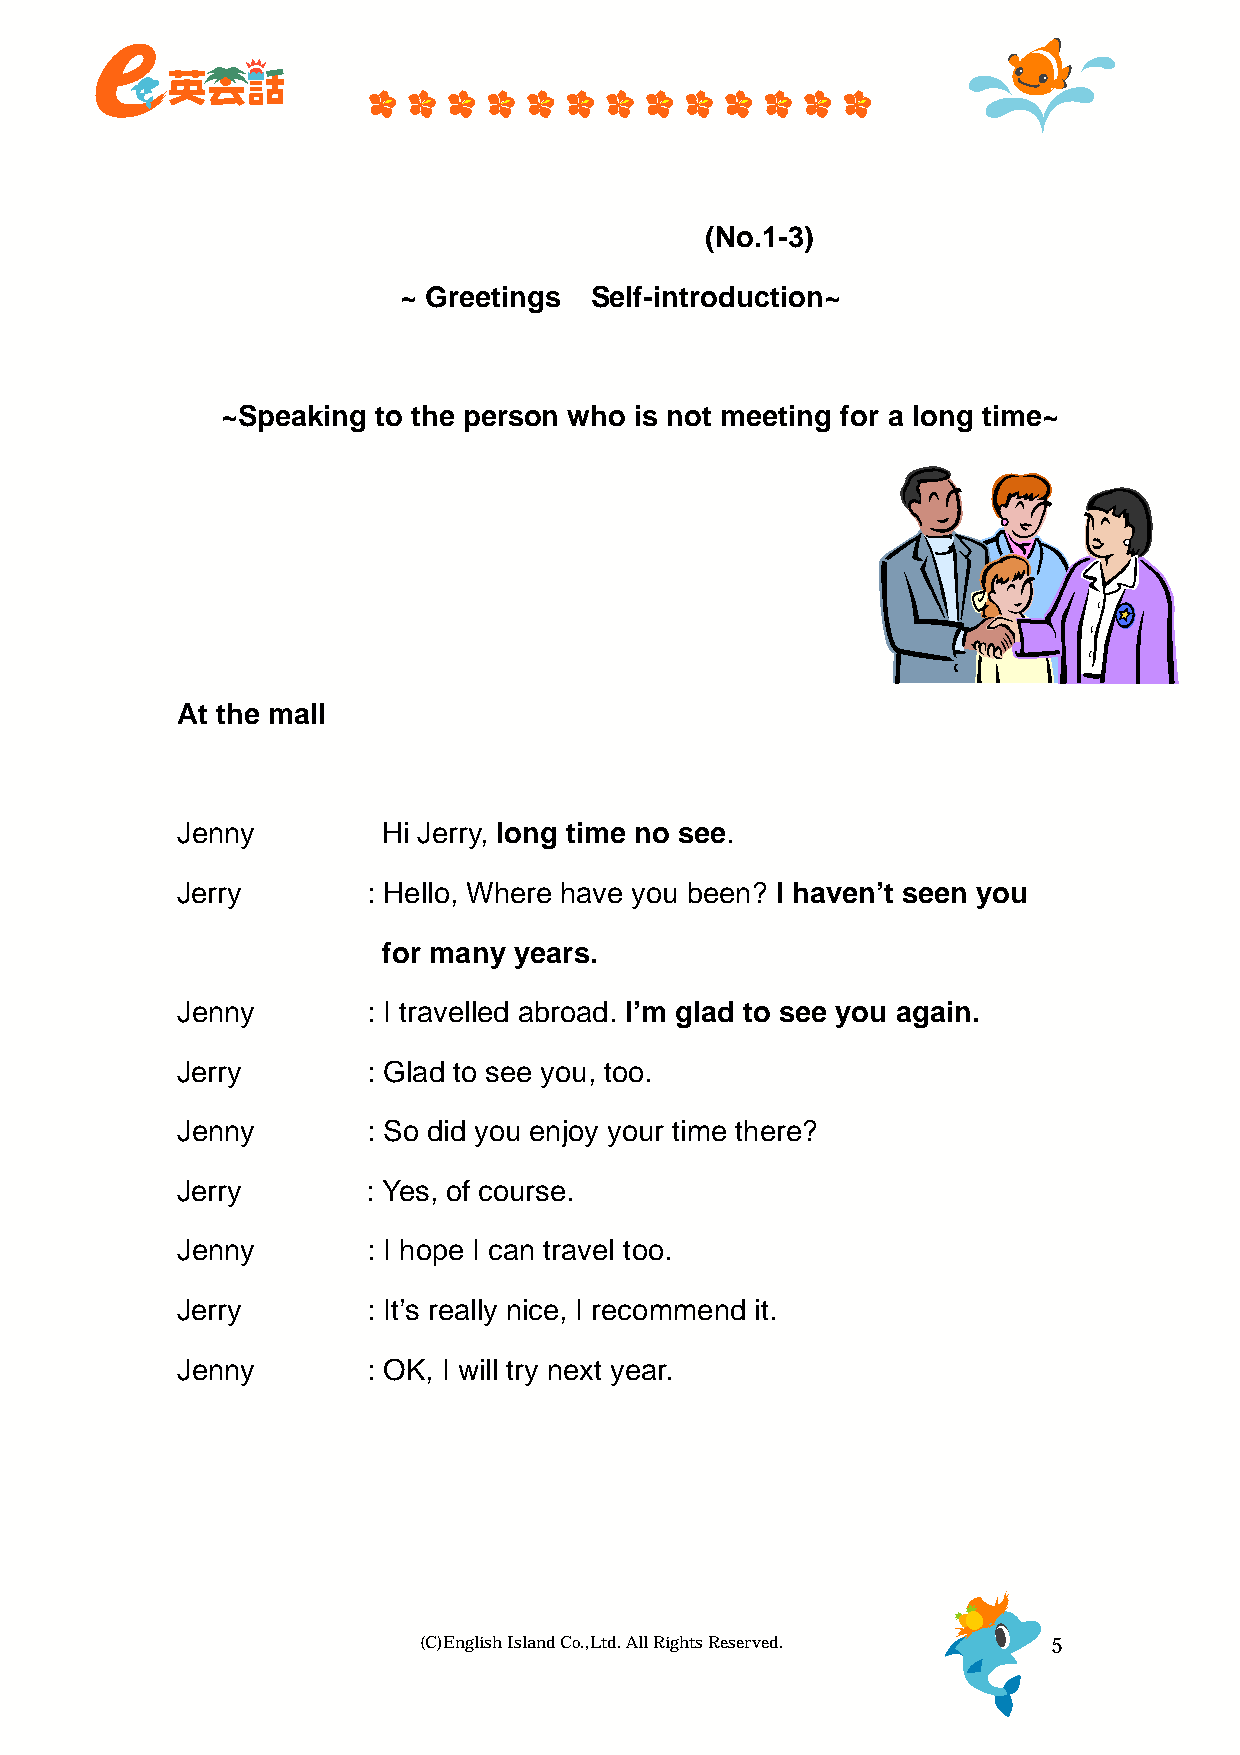
あいさつ・自己紹介          (No.1-3)
 ~ Greetings・Self-introduction~
 長い間会ってなかった人と話す
 ~Speaking to the person who is not meeting for a long time~
 At the mall
 Jenny      ：Hi  Jerry, long time no see.
 Jerry       : Hello, Where have you been? I haven’t seen you
 for many years.
 Jenny       : I travelled abroad. I’m glad to see you again.
 Jerry       : Glad to see you, too.
 Jenny       : So did you enjoy your time there?
 Jerry       : Yes, of course.
 Jenny       : I hope I can travel too.
 Jerry       : It’s really nice, I recommend it.
 Jenny       : OK, I will try next year.
 (C)English Island Co.,Ltd. All Rights Reserved. 5